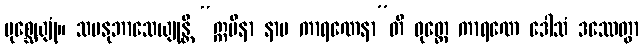
ပုစ္ဆေယျုံ။ သမနုဘာသေယျုန္တိ “ဣမိနာ နာမ ကာရဏေနာ”တိ ဝုတ္တေ ကာရဏေ ဒေါသံ ဒဿေတွာ